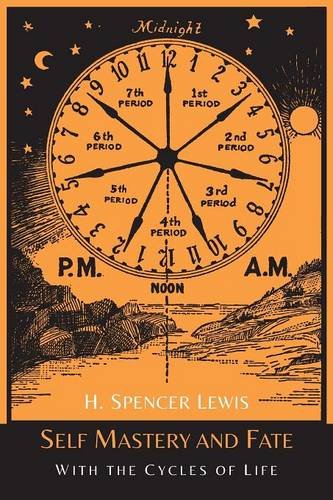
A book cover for Self Mastery and Fate with the Cycles of Life; H. Spencer Lewis; Religion & Spirituality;